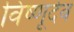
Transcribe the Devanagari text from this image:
विष्णूदेव